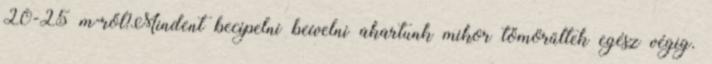
20-25 m-ről?Mindent becipelni beívelni akartunk mikor tömörűltek egész végig.